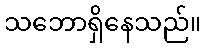
သဘောရှိနေသည်။